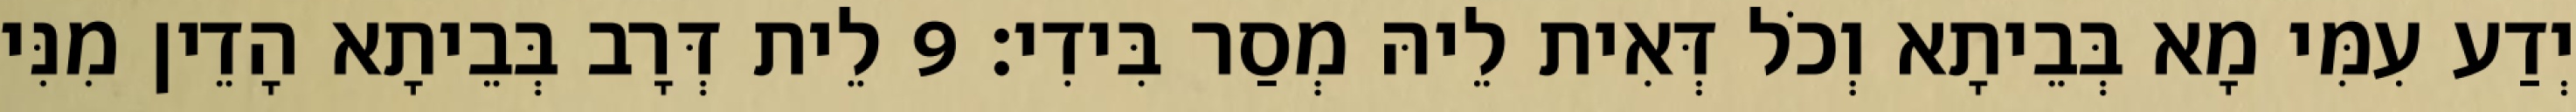
יְדַע עִמִּי מָא בְּבֵיתָא וְכֹל דְּאִית לֵיהּ מְסַר בִּידִי׃ 9 לֵית דְּרָב בְּבֵיתָא הָדֵין מִנִּי